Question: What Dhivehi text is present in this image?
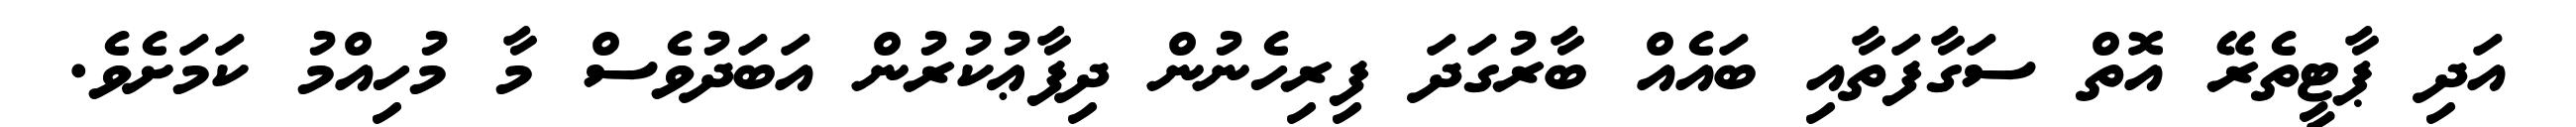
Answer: އަދި ޕާޓީތެރޭ އޮތް ސަގާފަތާއި ބައެއް ބާރުގަދަ ފިރިހެނުން ދިފާޢުކުރުން އަބަދުވެސް މާ މުހިއްމު ކަމަށެވެ.